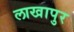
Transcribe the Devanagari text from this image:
लाखापुर